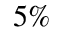
5 \%